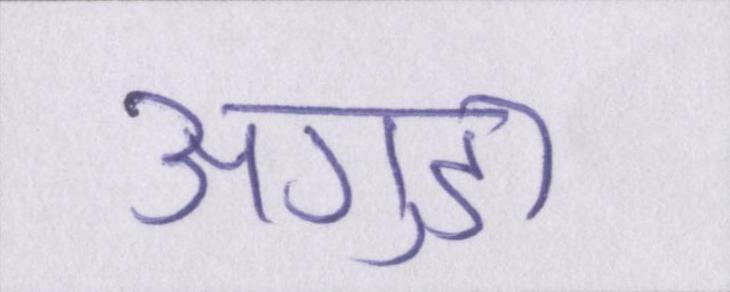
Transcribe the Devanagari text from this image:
अगुडा